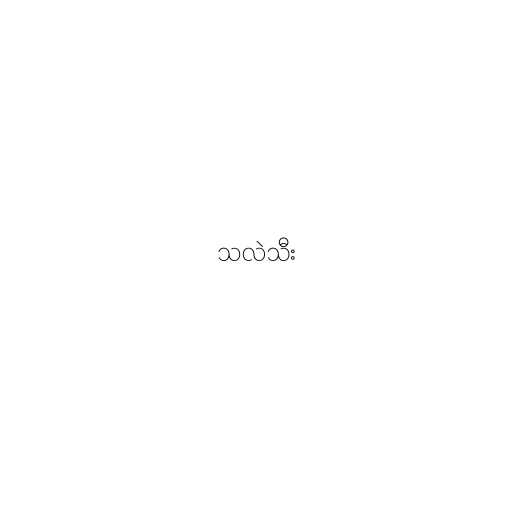
သလဲသီး